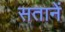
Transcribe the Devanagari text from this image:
सतानें